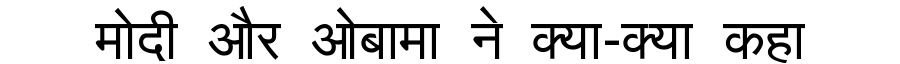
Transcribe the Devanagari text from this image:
मोदी और ओबामा ने क्या-क्या कहा